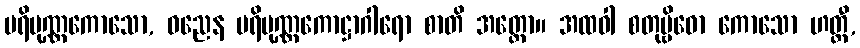
ပရိပုဏ္ဏကောသော, ဓညေန ပရိပုဏ္ဏကောဋ္ဌာဂါရော စာတိ အတ္ထော။ အထဝါ စတုဗ္ဗိဓော ကောသော ဟတ္ထီ,